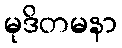
မုဒိတမနာ